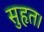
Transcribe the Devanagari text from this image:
सुहृत।